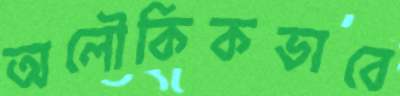
অলৌকিকভাবে